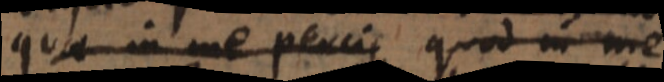
quae in me percip quod in me